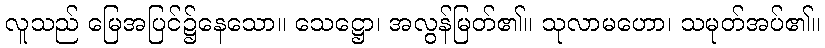
လူသည် မြေအပြင်၌နေသော။ သေဋ္ဌော၊ အလွန်မြတ်၏။ သုလာမဟော၊ သမုတ်အပ်၏။